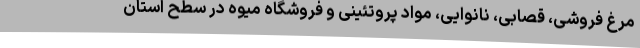
مرغ فروشی، قصابی، نانوایی، مواد پروتئینی و فروشگاه میوه در سطح استان